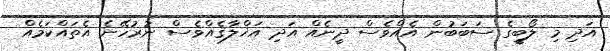
އަދި މި ލޯބީގެ ސަބަބުން އެއްވެސް ދީނެއް އަދި އަޚްލާޤެއްވެސް ނުރުހޭނެ އެތައްކަމެއް